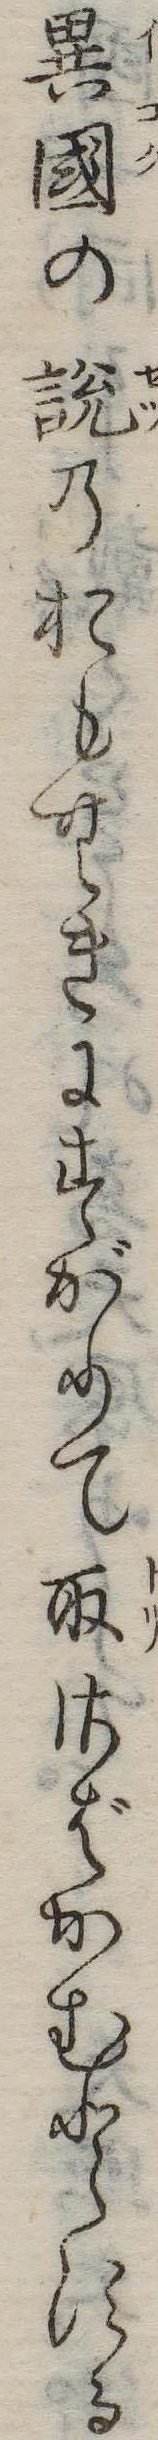
異国の説のおもむきにすがりて取さばかむとする